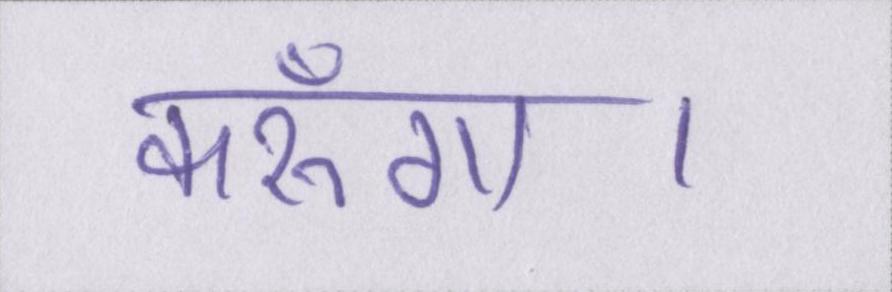
करूँगा।